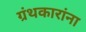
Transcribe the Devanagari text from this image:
ग्रंथकारांना